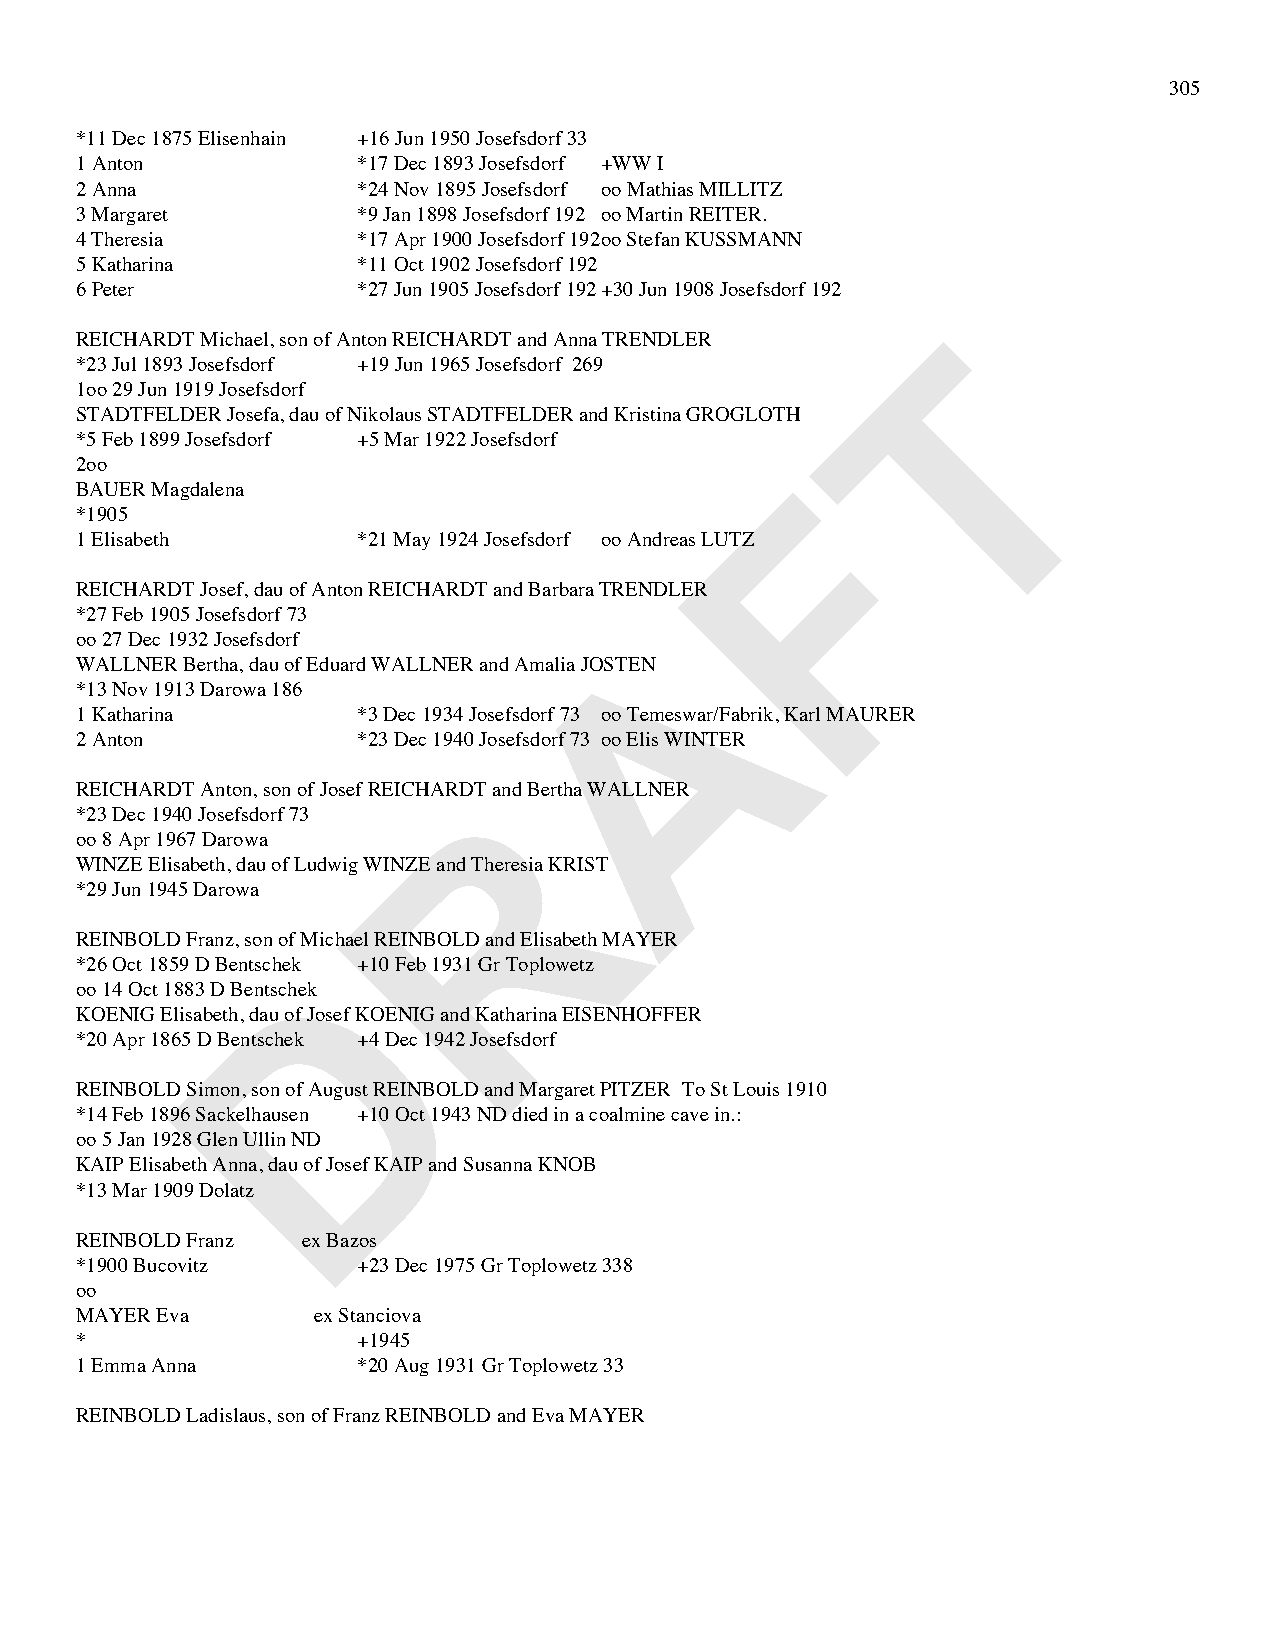
305
 *11 Dec 1875 Elisenhain +16 Jun 1950 Josefsdorf 33
 1 Anton            *17 Dec 1893 Josefsdorf +WW I
 2 Anna             *24 Nov 1895 Josefsdorf oo Mathias MILLITZ
 3 Margaret         *9 Jan 1898 Josefsdorf 192 oo Martin REITER.
 4 Theresia         *17 Apr 1900 Josefsdorf 192 oo Stefan KUSSMANN
 5 Katharina        *11 Oct 1902 Josefsdorf 192
 6 Peter            *27 Jun 1905 Josefsdorf 192 +30 Jun 1908 Josefsdorf 192
 T
 REICHARDT Michael, son of Anton REICHARDT and Anna TRENDLER
 *23 Jul 1893 Josefsdorf +19 Jun 1965 Josefsdorf 269
 1oo 29 Jun 1919 Josefsdorf
 STADTFELDER Josefa, dau of Nikolaus STADTFELDER and Kristina GROGLOTH
 *5 Feb 1899 Josefsdorf +5 Mar 1922 Josefsdorf
 2oo                                            F
 BAUER Magdalena
 *1905
 1 Elisabeth        *21 May 1924 Josefsdorf oo Andreas LUTZ
 REICHARDT Josef, dau of Anton REICHARDT and Barbara TRENDLER
 *27 Feb 1905 Josefsdorf 73           A
 oo 27 Dec 1932 Josefsdorf
 WALLNER Bertha, dau of Eduard WALLNER and Amalia JOSTEN
 *13 Nov 1913 Darowa 186
 1 Katharina        *3 Dec 1934 Josefsdorf 73 oo Temeswar/Fabrik, Karl MAURER
 2 Anton            *23 Dec 1940 Josefsdorf 73 oo Elis WINTER
 R
 REICHARDT Anton, son of Josef REICHARDT and Bertha WALLNER
 *23 Dec 1940 Josefsdorf 73
 oo 8 Apr 1967 Darowa
 WINZE Elisabeth, dau of Ludwig WINZE and Theresia KRIST
 *29 Jun 1945 Darowa
 REINBOLD Franz, son of Michael REINBOLD and Elisabeth MAYER
 D
 *26 Oct 1859 D Bentschek +10 Feb 1931 Gr Toplowetz
 oo 14 Oct 1883 D Bentschek
 KOENIG Elisabeth, dau of Josef KOENIG and Katharina EISENHOFFER
 *20 Apr 1865 D Bentschek +4 Dec 1942 Josefsdorf
 REINBOLD Simon, son of August REINBOLD and Margaret PITZER To St Louis 1910
 *14 Feb 1896 Sackelhausen +10 Oct 1943 ND died in a coalmine cave in.:
 oo 5 Jan 1928 Glen Ullin ND
 KAIP Elisabeth Anna, dau of Josef KAIP and Susanna KNOB
 *13 Mar 1909 Dolatz
 REINBOLD Franz ex Bazos
 *1900 Bucovitz     +23 Dec 1975 Gr Toplowetz 338
 oo
 MAYER Eva       ex Stanciova
 *                  +1945
 1 Emma Anna        *20 Aug 1931 Gr Toplowetz 33
 REINBOLD Ladislaus, son of Franz REINBOLD and Eva MAYER